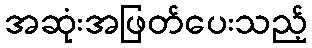
အဆုံးအဖြတ်ပေးသည့်